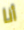
أنا